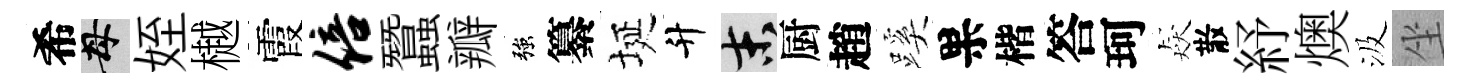
希母姪樾霞倍蠶瓣強纂埏升末厨趙蹊果楷答珂猋散紓燠汲坐